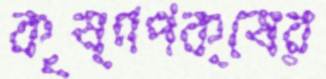
কৃষ্ণপক্ষের